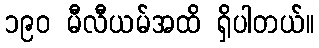
၁၉၀ မီလီယမ်အထိ ရှိပါတယ်။